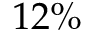
1 2 \%